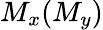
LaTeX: M_{x}(M_{y})